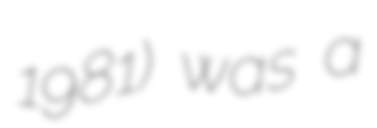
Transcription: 1981) was a